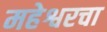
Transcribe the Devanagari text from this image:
महेश्वरचा